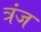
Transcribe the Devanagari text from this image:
त्रंज